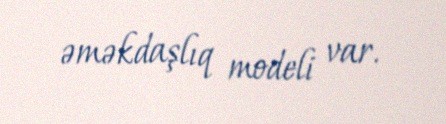
əməkdaşlıq modeli var.